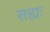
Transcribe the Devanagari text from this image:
सह्यः